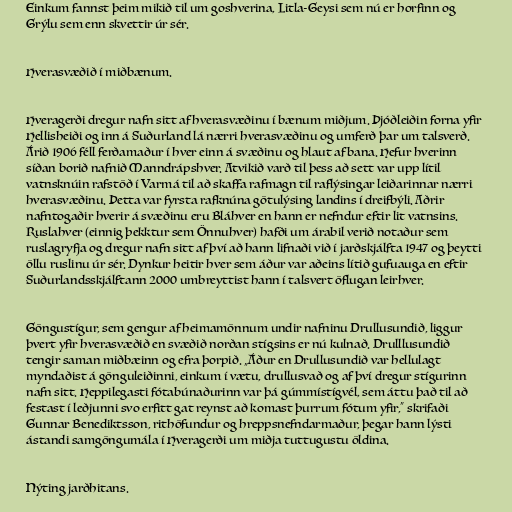
Einkum fannst þeim mikið til um goshverina, Litla-Geysi sem nú er horfinn og
Grýlu sem enn skvettir úr sér.

Hverasvæðið í miðbænum.

Hveragerði dregur nafn sitt af hverasvæðinu í bænum miðjum. Þjóðleiðin forna yfir
Hellisheiði og inn á Suðurland lá nærri hverasvæðinu og umferð þar um talsverð.
Árið 1906 féll ferðamaður í hver einn á svæðinu og hlaut af bana. Hefur hverinn
síðan borið nafnið Manndrápshver. Atvikið varð til þess að sett var upp lítil
vatnsknúin rafstöð í Varmá til að skaffa rafmagn til raflýsingar leiðarinnar nærri
hverasvæðinu. Þetta var fyrsta rafknúna götulýsing landins í dreifbýli. Aðrir
nafntogaðir hverir á svæðinu eru Bláhver en hann er nefndur eftir lit vatnsins.
Ruslahver (einnig þekktur sem Önnuhver) hafði um árabil verið notaður sem
ruslagryfja og dregur nafn sitt af því að hann lifnaði við í jarðskjálfta 1947 og þeytti
öllu ruslinu úr sér. Dynkur heitir hver sem áður var aðeins lítið gufuauga en eftir
Suðurlandsskjálftann 2000 umbreyttist hann í talsvert öflugan leirhver.

Göngustígur, sem gengur af heimamönnum undir nafninu Drullusundið, liggur
þvert yfir hverasvæðið en svæðið norðan stígsins er nú kulnað. Drulllusundið
tengir saman miðbæinn og efra þorpið. „Áður en Drullusundið var hellulagt
myndaðist á gönguleiðinni, einkum í vætu, drullusvað og af því dregur stígurinn
nafn sitt. Heppilegasti fótabúnaðurinn var þá gúmmístígvél, sem áttu það til að
festast í leðjunni svo erfitt gat reynst að komast þurrum fótum yfir,“ skrifaði
Gunnar Benediktsson, rithöfundur og hreppsnefndarmaður, þegar hann lýsti
ástandi samgöngumála í Hveragerði um miðja tuttugustu öldina.

Nýting jarðhitans.